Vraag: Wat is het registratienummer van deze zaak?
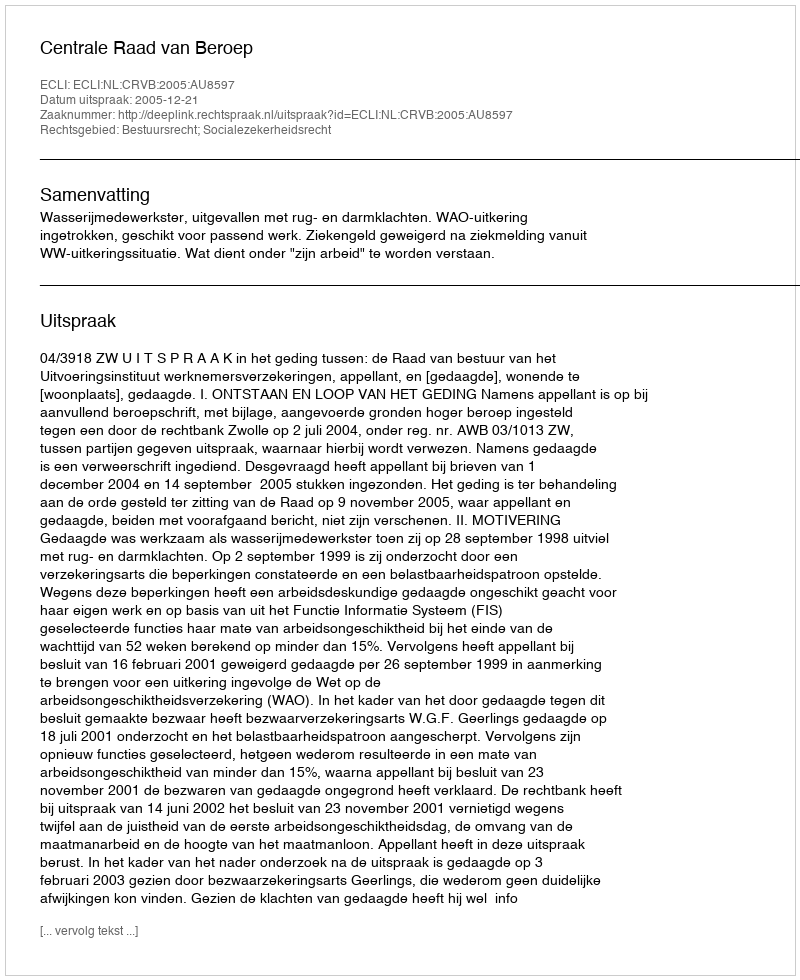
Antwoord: http://deeplink.rechtspraak.nl/uitspraak?id=ECLI:NL:CRVB:2005:AU8597